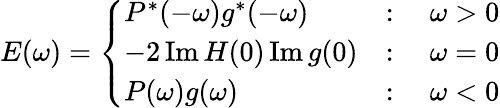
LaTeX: E(\omega)=\left\{ \begin{array}{ll}{P^{*}(-\omega)g^{*}(-\omega)}&{:\quad\omega>0}\\ {-2\operatorname{Im}H(0)\operatorname{Im}g(0)}&{:\quad\omega=0}\\ {P(\omega)g(\omega)}&{:\quad\omega<0}\end{array}\right.